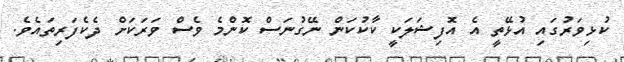
ކުޅިވަރުގައި އުޅޭތީ އެ އޮފިޝަލަކީ ކާކުކަން ނޭގުނަސް ކޮންމެ ވެސް ވަރަކަށް ދެކެފަރިތައެވެ.